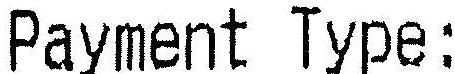
PAYMENT TYPE: